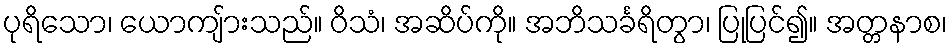
ပုရိသော၊ ယောကျ်ားသည်။ ဝိသံ၊ အဆိပ်ကို။ အဘိသင်္ခရိတွာ၊ ပြုပြင်၍။ အတ္တနာစ၊